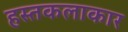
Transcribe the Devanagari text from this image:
हस्तकलाकार